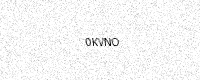
Text: 0KVNO